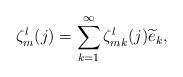
LaTeX: \begin{align*} \zeta_{m}^{l}(j)= \sum_{k=1}^\infty \zeta_{mk}^{l}(j)\widetilde{e}_k,\end{align*}